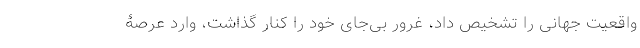
واقعیت جهانی را تشخیص داد، غرور بی­جای خود را کنار گذاشت، وارد عرصۀ